Scientific memoirs by medical officers of the Army of India - Part IX,
Year: 1895
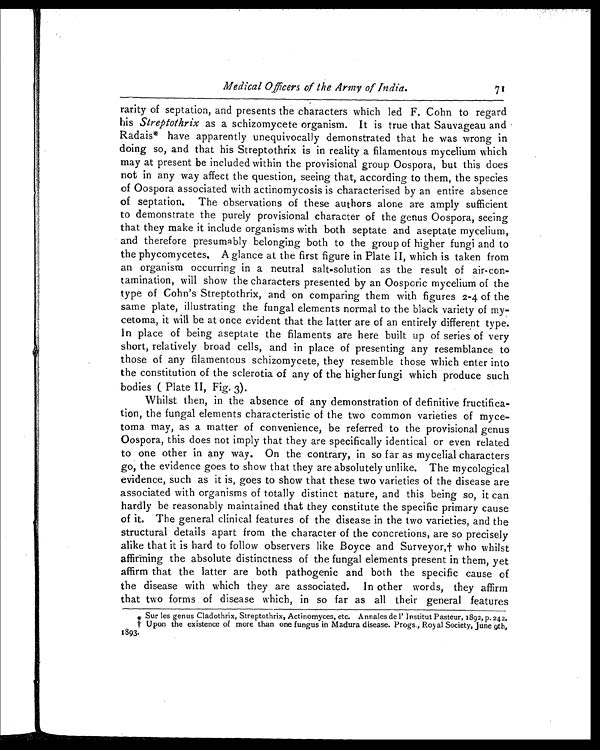
Medical Officers of the Army of India.
71
rarity of septation, and presents the characters which led F. Cohn to regard
his Streptothrix as a schizomycete organism. It is true that Sauvageau and
Radais* have apparently unequivocally demonstrated that he was wrong in
doing so, and that his Streptothrix is in reality a filamentous mycelium which
may at present be included within the provisional group Oospora, but this does
not in any way affect the question, seeing that, according to them, the species
of Oospora associated with actinomycosis is characterised by an entire absence
of septation. The observations of these authors alone are amply sufficient
to demonstrate the purely provisional character of the genus Oospora, seeing
that they make it include organisms with both septate and aseptate mycelium,
and therefore presumably belonging both to the group of higher fungi and to
the phycomycetes. A glance at the first figure in Plate II, which is taken from
an organism occurring in a neutral salt-solution as the result of air-con-
tamination, will show the characters presented by an Oosporic mycelium of the
type of Cohn's Streptothrix, and on comparing them with figures 2-4 of the
same plate, illustrating the fungal elements normal to the black variety of my-
cetoma, it will be at once evident that the latter are of an entirely different type.
In place of being aseptate the filaments are here built up of series of very
short, relatively broad cells, and in place of presenting any resemblance to
those of any filamentous schizomycete, they resemble those which enter into
the constitution of the sclerotia of any of the higher fungi which produce such
bodies ( Plate II, Fig. 3).
Whilst then, in the absence of any demonstration of definitive fructifica
tion, the fungal elements characteristic of the two common varieties of myce-
toma may, as a matter of convenience, be referred to the provisional genus
Oospora, this does not imply that they are specifically identical or even related
to one other in any way. On the contrary, in so far as mycelial characters
go, the evidence goes to show that they are absolutely unlike. The mycological
evidence, such as it is, goes to show that these two varieties of the disease are
associated with organisms of totally distinct nature, and this being so, it can
hardly be reasonably maintained that they constitute the specific primary cause
of it. The general clinical features of the disease in the two varieties, and the
structural details apart from the character of the concretions, are so precisely
alike that it is hard to follow observers like Boyce and Surveyor,† who whilst
affirming the absolute distinctness of the fungal elements present in them, yet
affirm that the latter are both pathogenic and both the specific cause of
the disease with which they are associated. In other words, they affirm
that two forms of disease which, in so far as all their general features
* Sur les genus Cladothrix, Streptothrix, Actinomyces, etc. Annales de 1' Institut Pasteur, 1892, p. 242.
† Upon the existence of more than one fungus in Madura disease. Progs., Royal Society, June 9th,
1893.